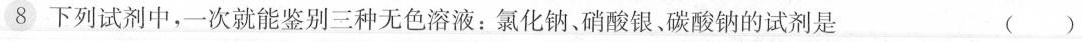
8下列试剂中，一次就能鉴别三种无色溶液：氯化钠、硝酸银、碳酸钠的试剂是 ()